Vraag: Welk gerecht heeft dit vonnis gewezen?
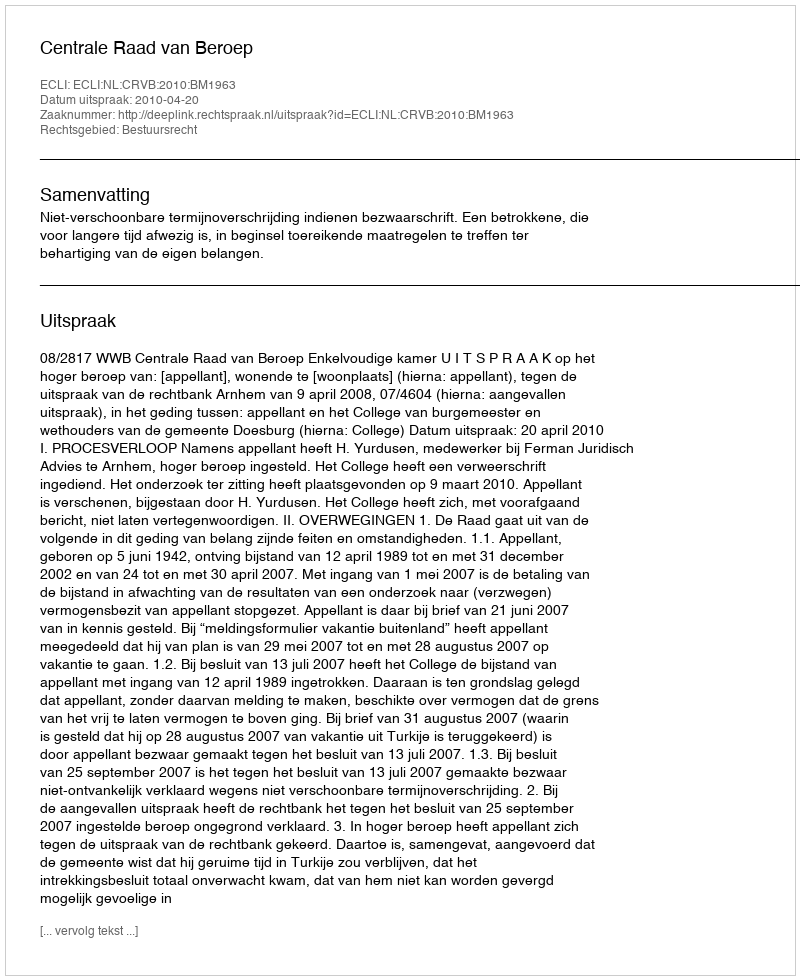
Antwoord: Centrale Raad van Beroep